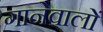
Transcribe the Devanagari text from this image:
गानेवालों